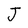
Character: J